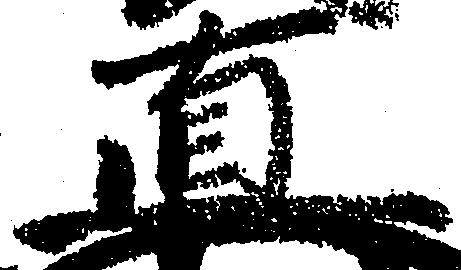
直